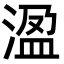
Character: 溋